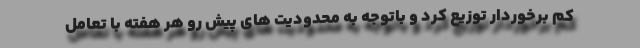
کم برخوردار توزیع کرد و باتوجه به محدودیت های پیش رو هر هفته با تعامل